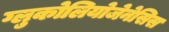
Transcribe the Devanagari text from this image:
ग्लुकोलियोजेनेसिस